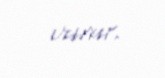
vurur.